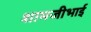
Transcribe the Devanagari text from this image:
शामजीभाई